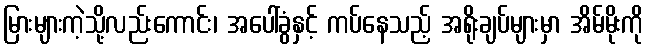
မြားများကဲ့သို့လည်းကောင်း၊ အပေါ်ခွံနှင့် ကပ်နေသည့် အရိုးချပ်များမှာ အိမ်မိုးကို